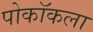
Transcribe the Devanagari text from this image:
पोकॉकला